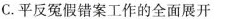
C.平反冤假错案工作的全面展开